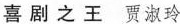
喜剧之王 贾淑玲